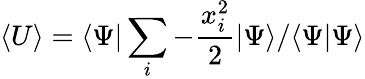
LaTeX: \langle U\rangle=\langle\Psi\vert\sum_{i}-\frac{x_{i}^{2}}{2}\vert\Psi\rangle/\langle\Psi\vert\Psi\rangle